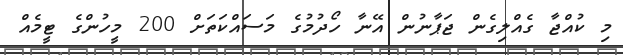
މި ކުއްޖާ ގެއްލިގެން ޖަޕާނުން އޭނާ ހޯދުމުގެ މަސައްކަތަށް 200 މީހުންގެ ޓީމެއް